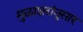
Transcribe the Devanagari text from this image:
मुळाक्षरांनुसार